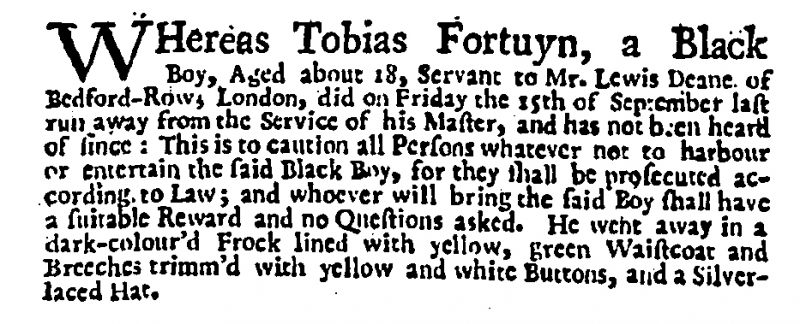
Daily Post, 27 October 1732 (England)
WHereas Tobias Fortuyn, a Black Boy, Aged about 18, Servant to Mr. Lewis Deane of Bedford-Row, London, did on Friday the 15th of September last run away from the Service of his Master, and has not been heard of since: This is to caution all Persons whatever not to harbour or entertain the said Black Boy, for they shall be prosecuted according to Law; and whoever will bring the said Boy shall have a suitable Reward and no Questions asked. He went away in a dark-colour’d Frock lined with yellow, green Waistcoat and Breeches trimm’d with yellow and white Buttons, and a Silver-laced Hat.